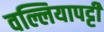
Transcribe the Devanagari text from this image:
वल्लियापट्टी